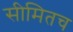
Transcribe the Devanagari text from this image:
सीमितच